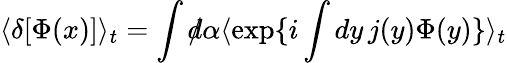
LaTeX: \langle\delta[\Phi(x)]\rangle_{t}=\int d\! \! \! /\alpha\langle\exp\{ i\int dy\, j(y)\Phi(y)\} \rangle_{t}